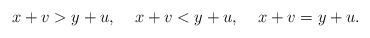
LaTeX: \begin{align*}x+v > y+u,\;\;\;\;x+v<y+u,\;\;\;\;x+v=y+u.\end{align*}